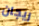
ريجان